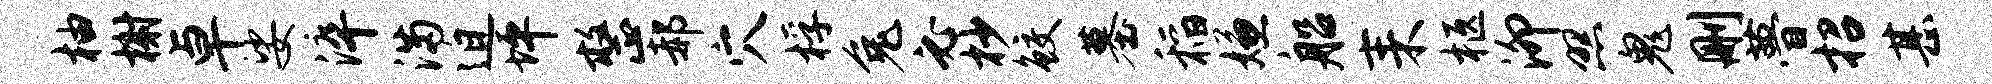
柚榭卓娑淬满迫坪整郝穴桴兔必杪鲛墓稻嫌船耒柩泖照鬼删瞢招甚